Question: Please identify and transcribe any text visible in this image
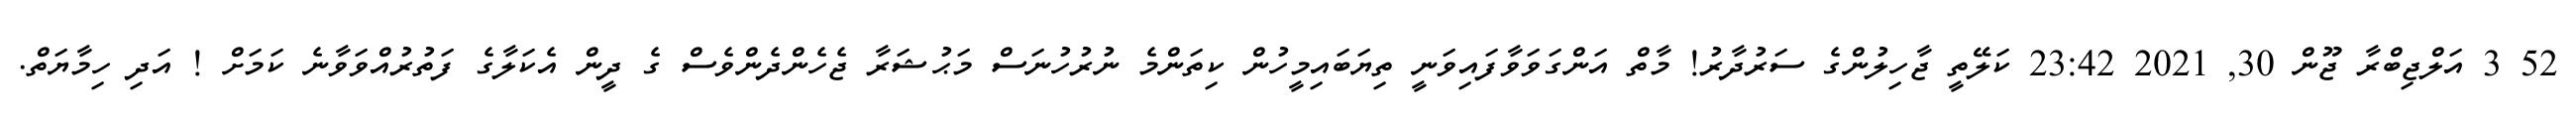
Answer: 52 3 އަލްޖިބްރާ ޖޫން 30, 2021 23:42 ކަލޭތީ ޖާހިލުންގެ ސަރުދާރު! މާތް އަންގަވަވާފައިވަނީ ތިޔަބައިމީހުން ކިތަންމެ ނުރުހުނަސް މަޙުޝަރާ ޖެހެންދެންވެސް ގެ ދީން އެކަލާގެ ފަތުރުއްވަވާނެ ކަމަށް ! އަދި ހިމާޔަތް.